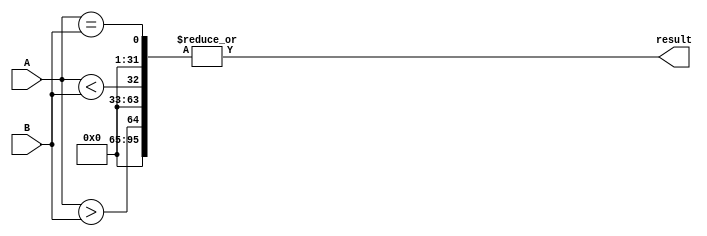
module comparator(
    input [31:0] A,
    input [31:0] B,
    output result
);

wire [31:0] equal;
wire [31:0] less_than;
wire [31:0] greater_than;

assign equal = (A == B);
assign less_than = (A < B);
assign greater_than = (A > B);

assign result = |({equal, less_than, greater_than});

endmodule